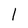
Character: 1